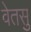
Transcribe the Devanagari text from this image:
वेतसु